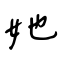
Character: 她